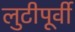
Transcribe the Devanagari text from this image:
लुटीपूर्वी